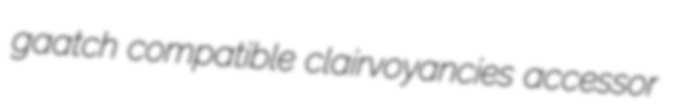
gaatch compatible clairvoyancies accessor